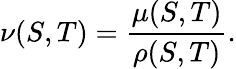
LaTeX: \nu(S,T)=\frac{\mu(S,T)}{\rho(S,T)}.